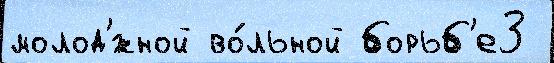
молод'́жной во́льной борьб'е3